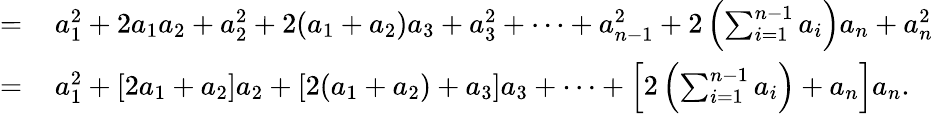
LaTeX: \begin{array}{rl}{=}&{{}\, a_{1}^{2}+2a_{1}a_{2}+a_{2}^{2}+2(a_{1}+a_{2})a_{3}+a_{3}^{2}+\dotsb+a_{n-1}^{2}+2\left(\sum_{i=1}^{n-1}a_{i}\right)a_{n}+a_{n}^{2}}\\ {=}&{{}\, a_{1}^{2}+[2a_{1}+a_{2}]a_{2}+[2(a_{1}+a_{2})+a_{3}]a_{3}+\dotsb+\left[2\left(\sum_{i=1}^{n-1}a_{i}\right)+a_{n}\right]a_{n}.}\end{array}